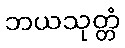
ဘယသုတ္တံ